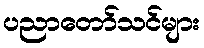
ပညာတော်သင်များ